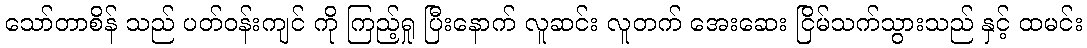
သော်တာစိန် သည် ပတ်ဝန်းကျင် ကို ကြည့်ရှု ပြီးနောက် လူဆင်း လူတက် အေးဆေး ငြိမ်သက်သွားသည် နှင့် ထမင်း